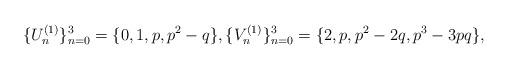
LaTeX: \begin{align*}\{U_{n}^{(1)}\}_{n=0}^{3}=\{0,1,p,p^{2}-q\},\{V_{n}^{(1)}\}_{n=0}^{3}=\{2,p,p^{2}-2q,p^{3}-3pq\},\end{align*}